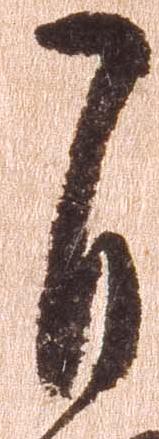
自